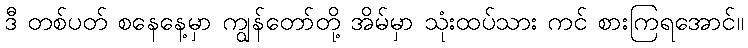
ဒီ တစ်ပတ် စနေနေ့မှာ ကျွန်တော်တို့ အိမ်မှာ သုံးထပ်သား ကင် စားကြရအောင်။